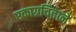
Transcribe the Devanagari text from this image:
एकाग्रचित्ताने